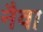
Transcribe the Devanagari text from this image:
नैवा